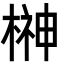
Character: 榊